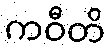
ကဝီတိ